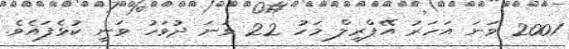
2001 ވަނަ އަހަރު އޭޕްރީލް މަހު 22 ވަނަ ދުވަހު ވަނީ ކުޅެފައެވެ.